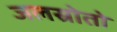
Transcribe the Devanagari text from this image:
जलस्रोतो